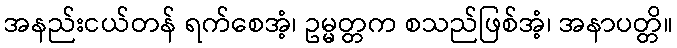
အနည်းငယ်တန် ရက်စေအံ့၊ ဥမ္မတ္တက စသည်ဖြစ်အံ့၊ အနာပတ္တိ။